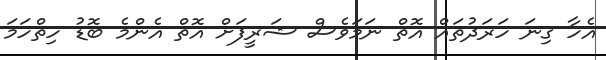
އެހާ ގިނަ ހަރަދުތައް އޮތް ނަމަވެސް ޝަރީފަށް އޮތް އެންމެ ބޮޑު ހިތްހަމަ